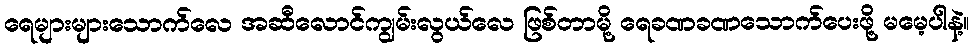
ရေများများသောက်လေ အဆီလောင်ကျွမ်းလွယ်လေ ဖြစ်တာမို့ ရေခဏခဏသောက်ပေးဖို့ မမေ့ပါနဲ့။